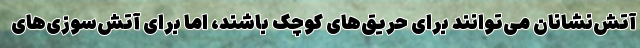
آتش‌نشانان می‌توانند برای حریق‌های کوچک باشند، اما برای آتش‌سوزی‌های